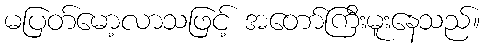
မပြတ်မော့လာသဖြင့် အတော်ကြီးမူးနေသည်။